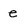
Character: e